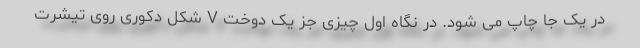
در یک جا چاپ می شود. در نگاه اول چیزی جز یک دوخت V شکل دکوری روی تیشرت